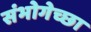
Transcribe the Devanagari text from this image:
संभोगेच्छा